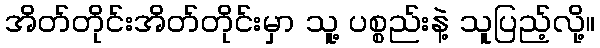
အိတ်တိုင်းအိတ်တိုင်းမှာ သူ့ ပစ္စည်းနဲ့ သူပြည့်လို့။